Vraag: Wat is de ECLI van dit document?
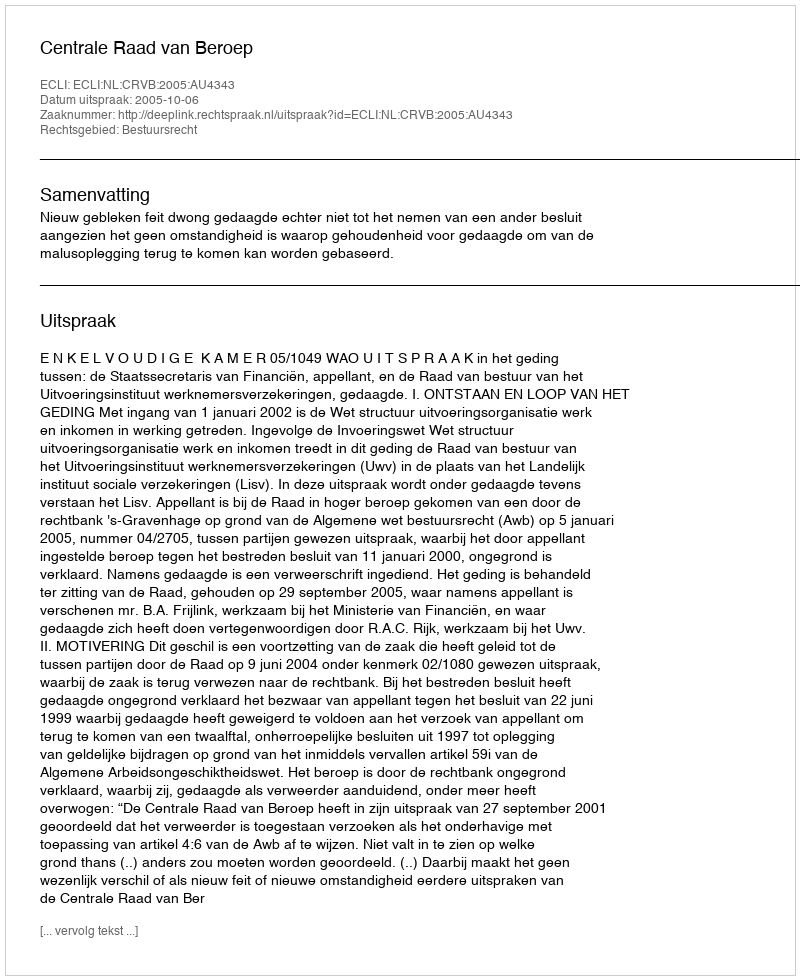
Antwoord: ECLI:NL:CRVB:2005:AU4343